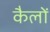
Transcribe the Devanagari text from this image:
कैलों